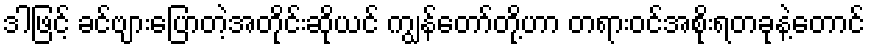
ဒါဖြင့် ခင်ဗျားပြောတဲ့အတိုင်းဆိုယင် ကျွန်တော်တို့ဟာ တရားဝင်အစိုးရတခုနဲ့တောင်